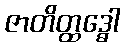
ဇာတိတ္ထဒ္ဓေါ